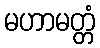
မဟာမတ္တံ